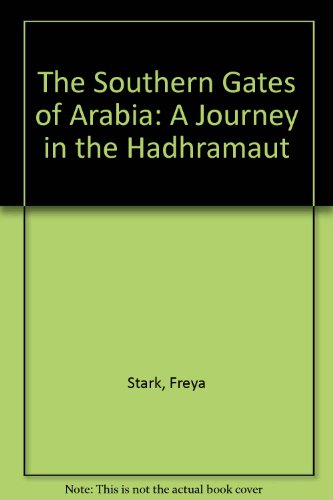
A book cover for The Southern Gates of Arabia: A Journey in the Hadhramaut (Library of Southern Classics); Freya Stark; History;